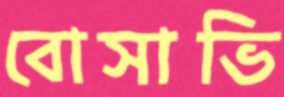
বোসাভি